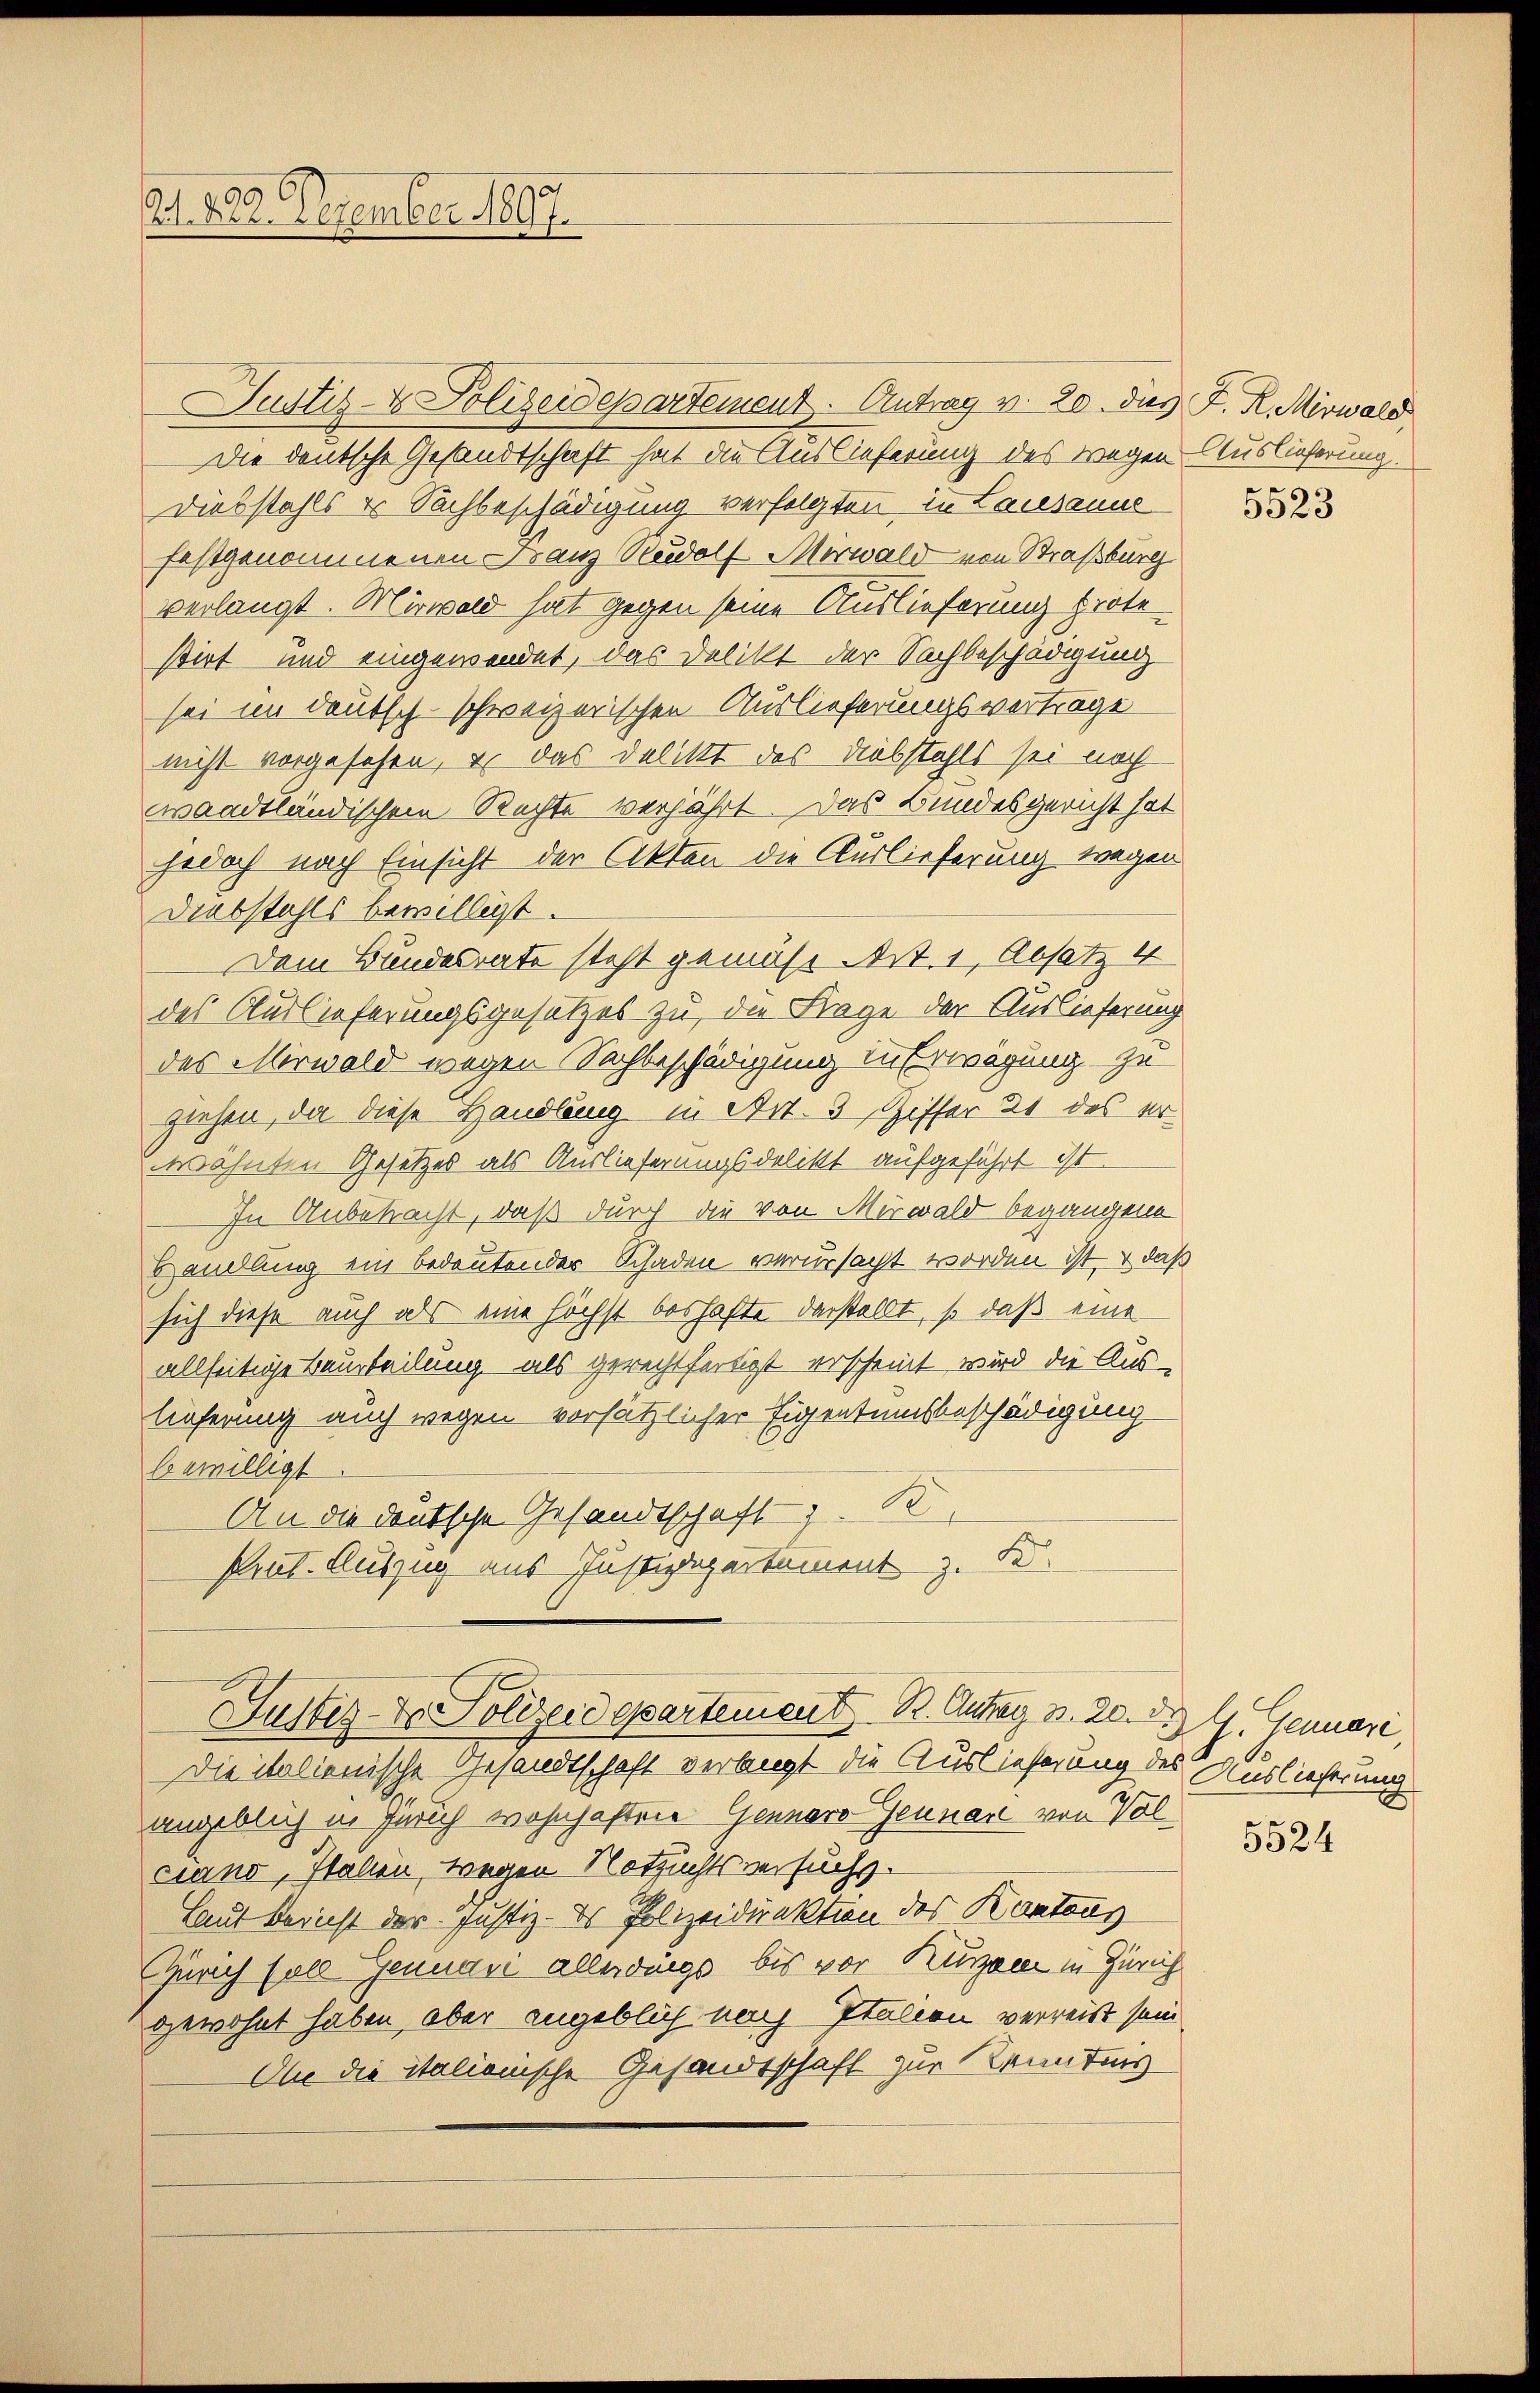
Ad. 1808. Dezember 1807.

Justiz- & Polizeidepartement. Antrag v. 20. des J. R. Mirwald
Die deutsche Gesandtschaft hat die Auslieferung des wegen Auslieferung.
Diebstahls es Nachbeschädigung verfolgten in Lausanne
festgenommenen Franz Rudolf Mirwald von Straßburg
verlangt. Mirwald hat gegen seine Auslieferung prote
stirt und eingewendet, das Delikt der Sachbeschädigung
sei im deutsch-schweizerischen Auslieferungsvertrage
nicht vorgesehen, e das Delikt des Diebstahls sei noch
waadtländischem Rechte verjährt. Das Bundesgericht hat
jedoch nach Einsicht der Akten die Auslieferung wegen
Diebstahls bewilligt.
Dem Bundesrate steht gemäß Art. 1, Absatz 4
des Auslieferungsgesetzes zu, die Frage der Auslieferung
des Merwald wegen Nachbeschädigung in Erwägung zu
ziehen, da diese Handlung in Art. 3 Ziffer 21 des erwähnten Gesetzes als Auslieferungsdelikt aufgeführt ist.
In Anbetracht, daß durch die von Mirwald begangene
Handlung ein bedeutender Schaden verursacht worden ist, daß
sich diese auch als eine höchst boshafte darstellt, so daß eine
allseitige Beurteilung, als gerechtfertigt erscheint wird die Aus-
lieferung auch wegen vorsätzlicher Eigentumsbeschädigung
bewilligt.
An die deutsche Gesandtschaft z. B.
sent. Auszug aus Justizdepartement z. B.
Justiz- & Polizeidepartement R. Antrag v. 20. d.
Die italienische Gesandtschaft verlangt die Auslieferung des Auslieferung
angeblich in Zürich wohnhaften Genuaro Zeuner von Vol
ciano, Italien, wegen Notzuchtsversuchs¬
Laut Bericht der Justiz- & Polizeidirektion des Kantons
Zürich soll Genuani allerdings bis vor Kurzem in Zürich
gewohnt haben, aber angeblich nach Italien verreist sein
Die die italienische Gesandtschaft zur Kenntnis

5523

G. Genuari,

5524